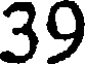
39